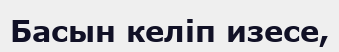
Басын келіп изесе,